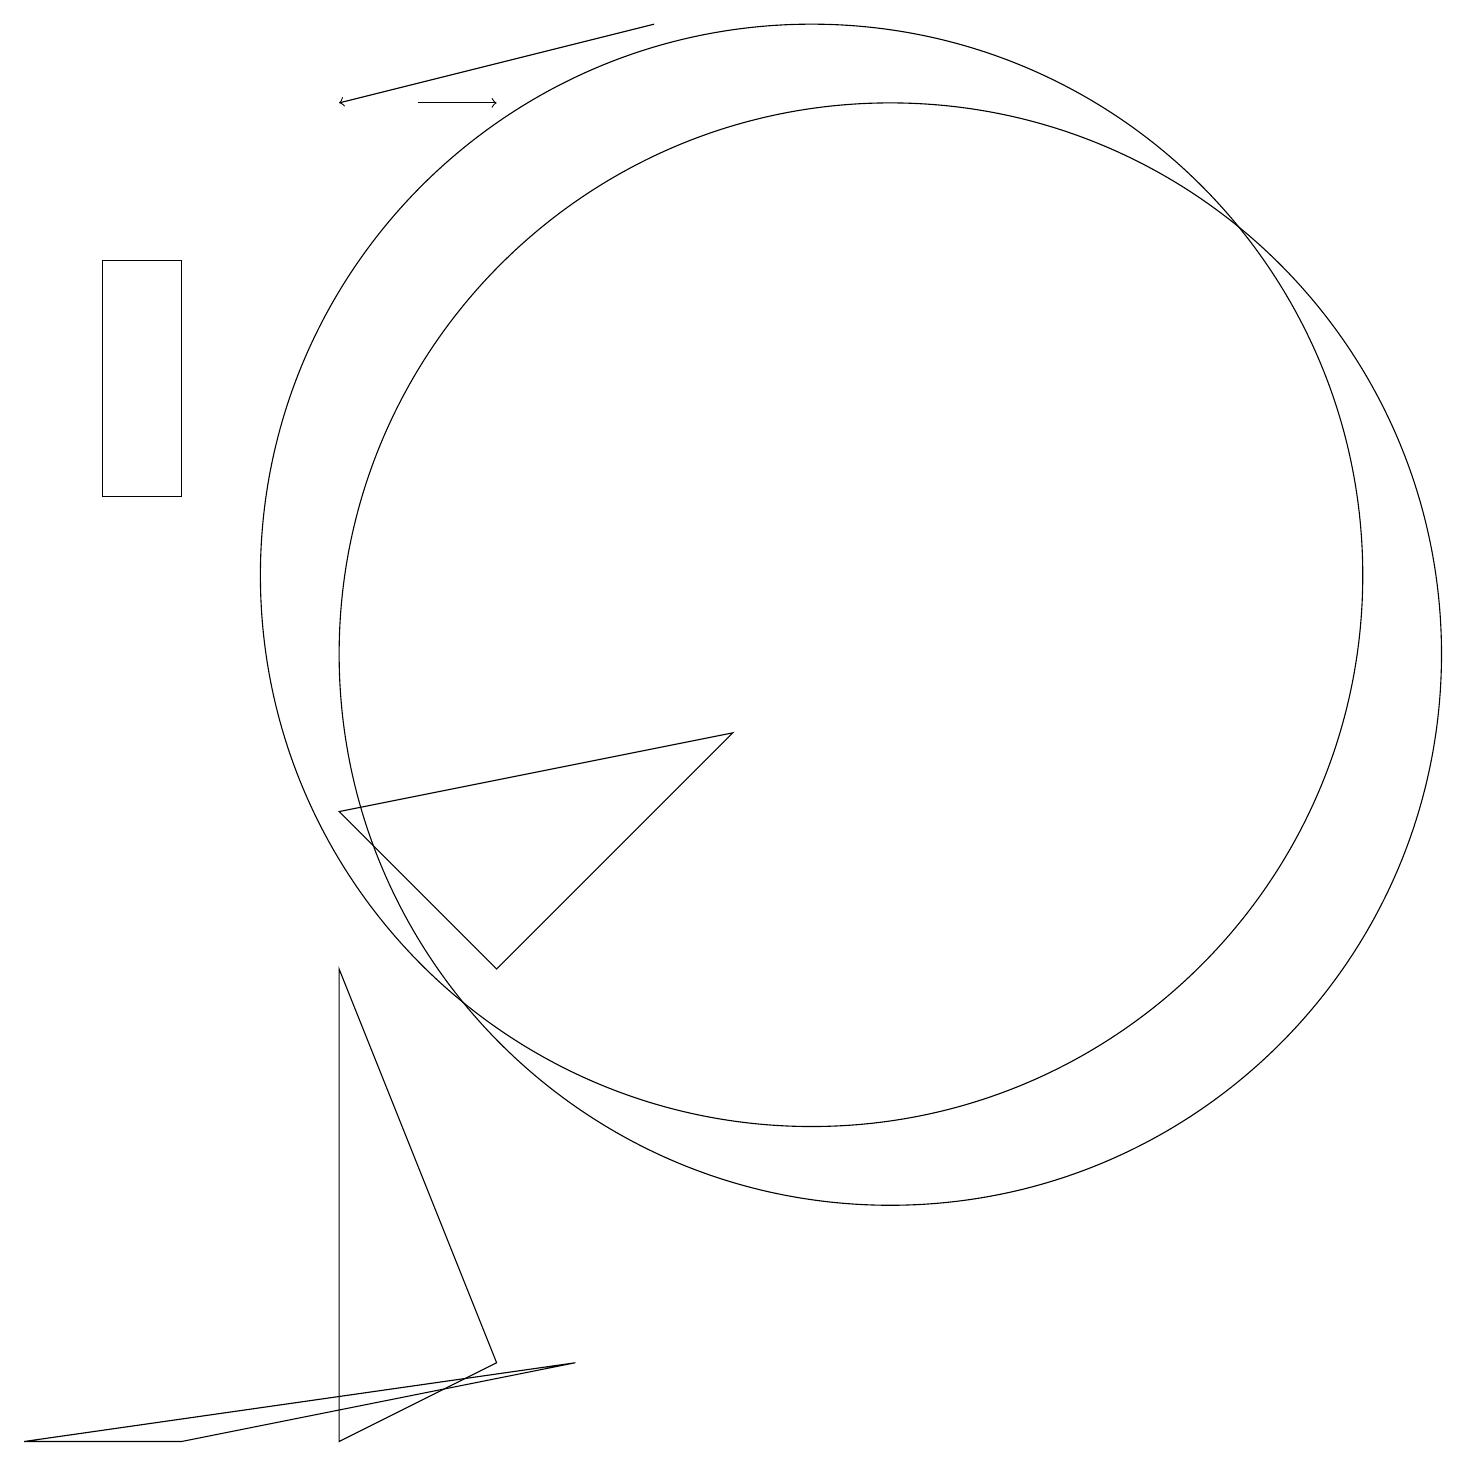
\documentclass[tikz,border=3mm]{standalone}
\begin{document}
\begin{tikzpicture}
\draw (6,6) -- (4,8) -- (9,9) -- cycle;
\draw (6,1) -- (4,0) -- (4,6) -- cycle;
\draw (11,10) circle (7);
\draw (2,12) rectangle (1,15);
\draw[->] (8,18) -- (4,17);
\draw (10,11) circle (7);
\draw[->] (5,17) -- (6,17);
\draw (2,0) -- (0,0) -- (7,1) -- cycle;
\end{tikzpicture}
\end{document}